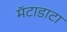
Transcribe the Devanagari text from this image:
मॅटाडाटा